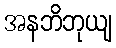
အနဘိဘုယျ